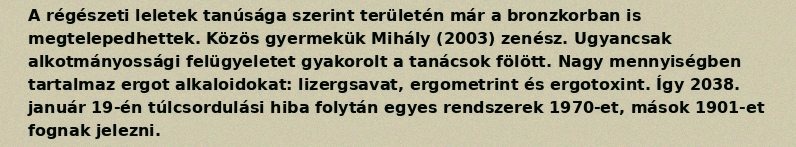
A régészeti leletek tanúsága szerint területén már a bronzkorban is megtelepedhettek. Közös gyermekük Mihály (2003) zenész. Ugyancsak alkotmányossági felügyeletet gyakorolt a tanácsok fölött. Nagy mennyiségben tartalmaz ergot alkaloidokat: lizergsavat, ergometrint és ergotoxint. Így 2038. január 19-én túlcsordulási hiba folytán egyes rendszerek 1970-et, mások 1901-et fognak jelezni.